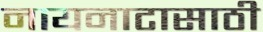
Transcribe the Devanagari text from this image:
नायनाटासाठी